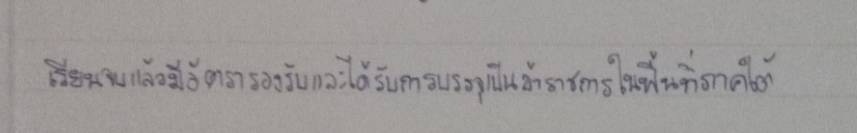
เรียนจบแล้วมีอัตรารองรับและได้รับการบรรจุเป็นข้าราชการในพื้นที่ภาคใต้